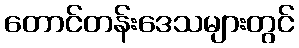
တောင်တန်းဒေသများတွင်